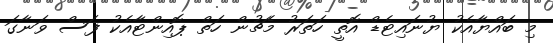
މި ބައްޔާއެކު ޔުނައިޓެޑް އޮތީ ހަތަރު މެޗުން ހަތް ޕޮއިންޓާއެކު ފަސް ވަނާގަ